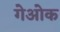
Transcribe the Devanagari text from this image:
गेओक